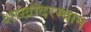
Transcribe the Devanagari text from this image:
शाखांदरम्यान